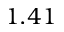
1 . 4 1